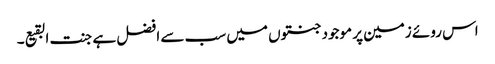
اس روئے زمین پر موجود جنتوں میں سب سے افضل ہے جنت البقیع۔